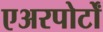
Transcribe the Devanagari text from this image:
एअरपोर्टों